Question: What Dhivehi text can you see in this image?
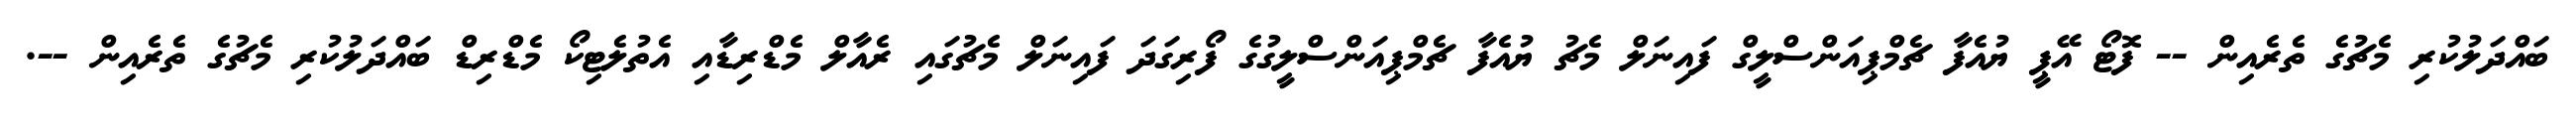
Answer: ބައްދަލުކުރި މެޗުގެ ތެރެއިން -- ފޮޓޯ އޭޕީ ޔުއެފާ ޗެމްޕިއަންސްލީގް ފައިނަލް މެޗު ޔުއެފާ ޗެމްޕިއަންސްލީގުގެ ފޯރިގަދަ ފައިނަލް މެޗުގައި ރެއާލް މެޑްރިޑާއި އެތުލެޓިކޯ މެޑްރިޑް ބައްދަލުކުރި މެޗުގެ ތެރެއިން --.